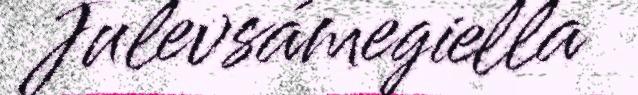
Julevsámegiella